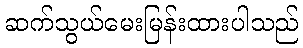
ဆက်သွယ်မေးမြန်းထားပါသည်